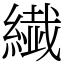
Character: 繊